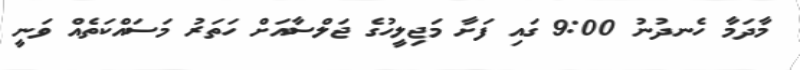
މާދަމާ ހެނދުނު 9:00 ގައި ފަށާ މަޖިލީހުގެ ޖަލްސާއަށް ހަތަރު މަސައްކަތެއް ވަނީ